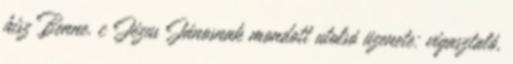
hisz Benne. c Jézus Jánosnak mondott utolsó üzenete: vigasztaló,